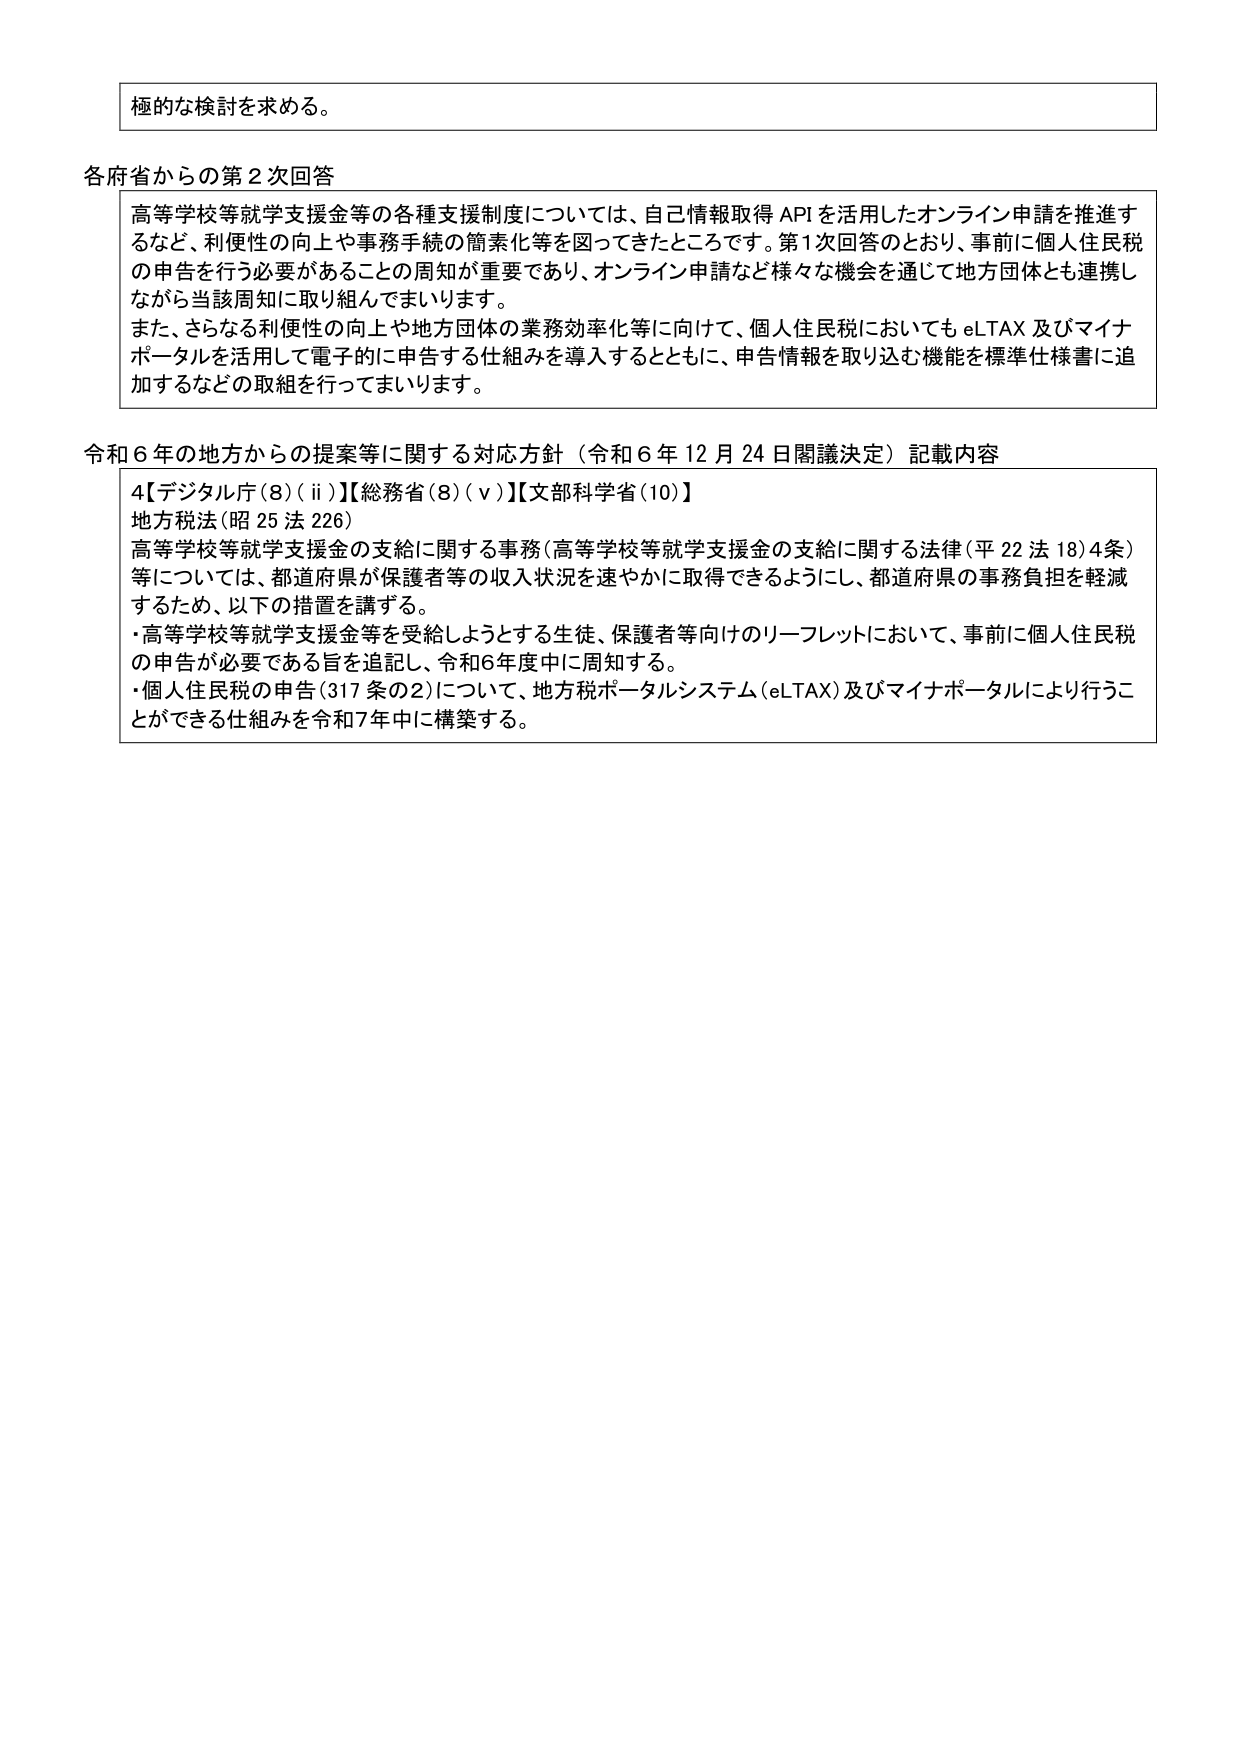
極的な検討を求める。

各府省からの第２次回答
高等学校等就学支援金等の各種支援制度については、自己情報取得 API を活用したオンライン申請を推進するなど、利便性の向上や事務手続の簡素化等を図ってきたところです。第1次回答のとおり、事前に個人住民税の申告を行う必要があることの周知が重要であり、オンライン申請など様々な機会を通じて地方団体とも連携しながら当該周知に取り組んでまいります。
また、さらなる利便性の向上や地方団体の業務効率化等に向けて、個人住民税においても eLTAX 及びマイナポータルを活用して電子的に申告する仕組みを導入するとともに、申告情報を取り込む機能を標準仕様書に追加するなどの取組を行ってまいります。

令和６年の地方からの提案等に関する対応方針（令和６年12月24日閣議決定）記載内容
4【デジタル庁(8)(ii)】【総務省(8)(v)】【文部科学省(10)】
地方税法(昭25法226)
高等学校等就学支援金の支給に関する事務(高等学校等就学支援金の支給に関する法律(平22法18)4条)等については、都道府県が保護者等の収入状況を速やかに取得できるようにし、都道府県の事務負担を軽減するため、以下の措置を講ずる。
・高等学校等就学支援金等を受給しようとする生徒、保護者等向けのリーフレットにおいて、事前に個人住民税の申告が必要である旨を追記し、令和6年度中に周知する。
・個人住民税の申告(317条の2)について、地方税ポータルシステム(eLTAX)及びマイナポータルにより行うことができる仕組みを令和7年中に構築する。